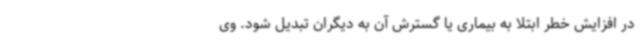
در افزایش خطر ابتلا به بیماری یا گسترش آن به دیگران تبدیل شود. وی